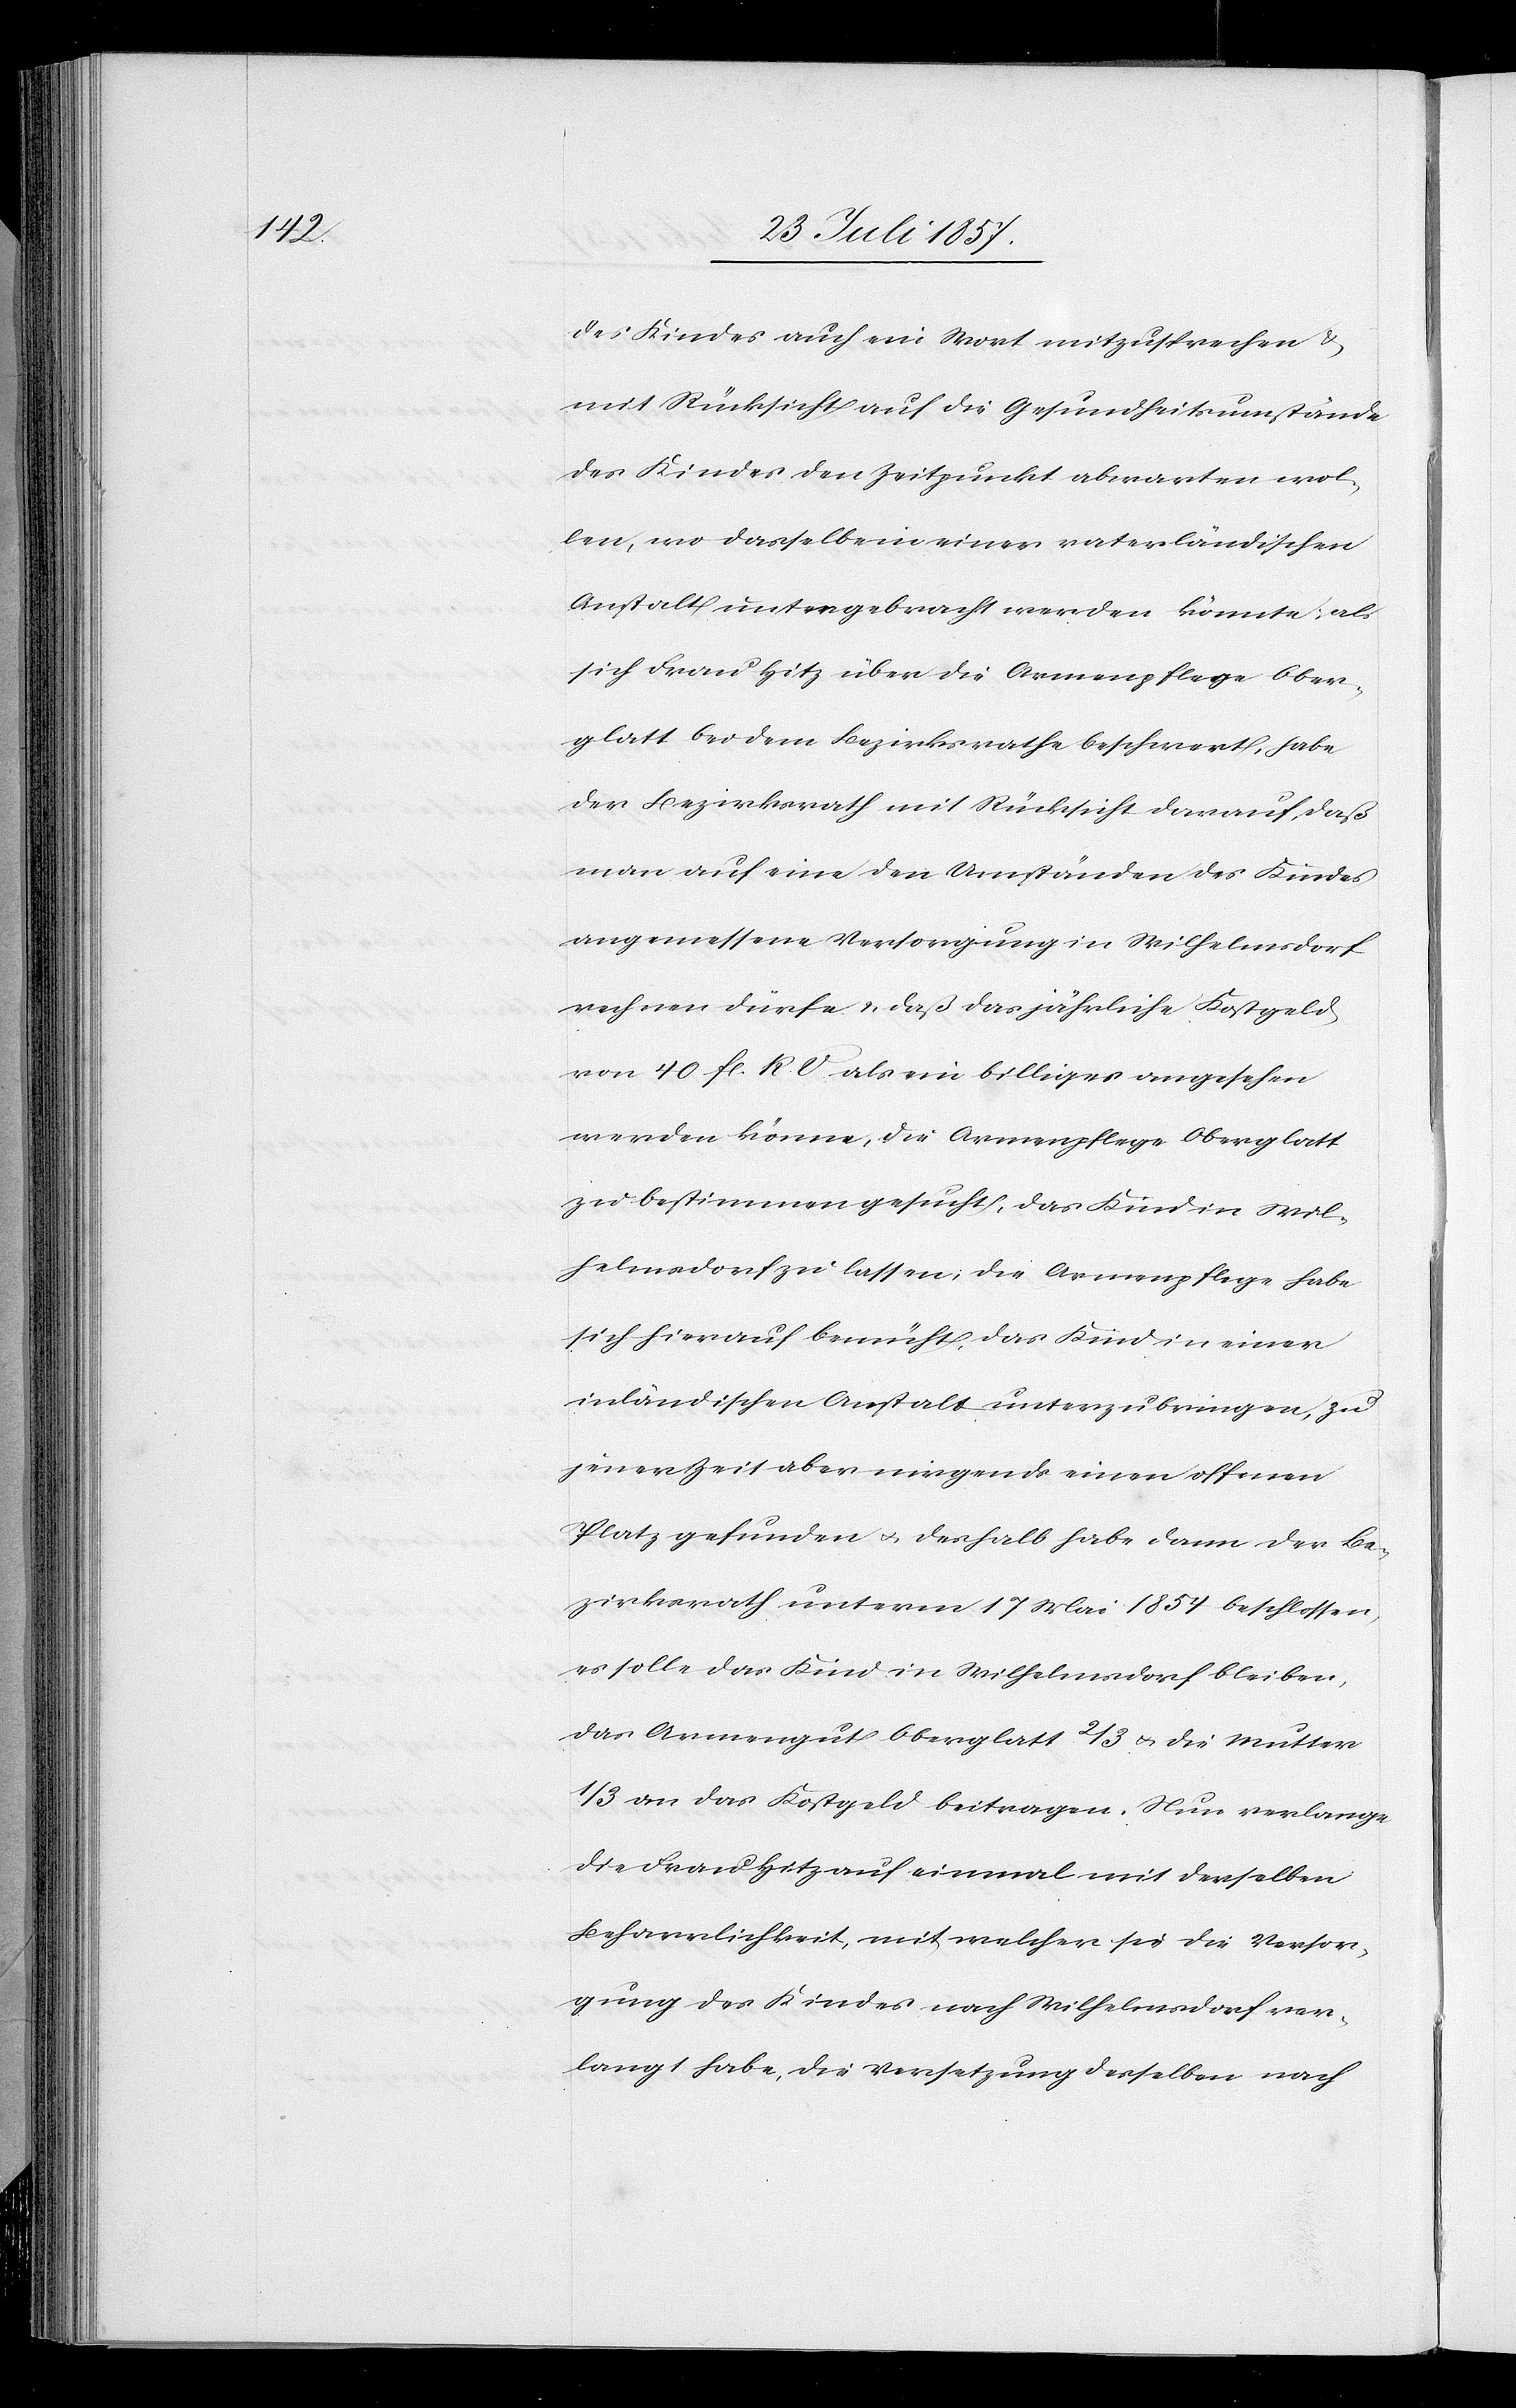
des Kindes auch ein Wort mitzusprechen &
mit Rücksicht auf die Gesundheitsumstände
des Kindes den Zeitpunkt abwarten wol¬
len, wo dasselbe in einer vaterländischen
Anstalt untergebracht werden könnte, als
sich Frau Hitz über die Armenpflege Ober¬
glatt bei dem Bezirksrathe beschwert, habe
der Bezirksrath mit Rücksicht darauf, daß
man auf eine den Umständen des Kindes
angemessene Versorgung in Wilhelmsdorf
rechnen dürfe & das jährliche Kostgeld
von 40 fl. K. V. als ein billiges angesehen
werden könne, die Armenpflege Oberglatt
zu bestimmen gesucht, das Kind in Wil¬
helmsdorf zu lassen, die Armenpflege habe
sich hierauf bemüht, das Kind in einer
inländischen Anstalt unterzubringen, zu
jener Zeit aber nirgends einen offenen
Platz gefunden & deshalb habe dann der Be¬
zirksrath unterm 17 Mai 1854 beschlossen,
es solle das Kind in Wilhelmsdorf bleiben,
das Armengut Oberglatt 2/3 & die Mutter
1/3 an das Kostgeld beitragen. Nun verlange
die Frau Hitz auf einmal mit derselben
Beharrlichkeit, mit welcher sie die Versor¬
gung des Kindes nach Wilhelmsdorf ver¬
langt habe, die Versetzung desselben nach